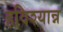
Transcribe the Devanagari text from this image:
हविश्यान्न